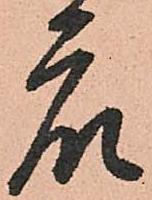
衆